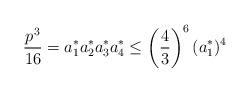
LaTeX: \begin{align*}\frac{p^{3}}{16} = a_{1}^{*} a_{2}^{*} a_{3}^{*} a_{4}^{*} \leq\left(\frac{4}{3}\right)^{6} (a_{1}^{*})^{4}\end{align*}